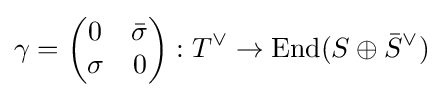
\gamma ={\begin{pmatrix}0&{\bar {\sigma }}\\\sigma &0\end{pmatrix}}:T^{\vee }\to \mathrm {End} (S\oplus {\bar {S}}^{\vee })